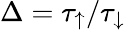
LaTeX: \Delta=\tau_{\uparrow}/\tau_{\downarrow}